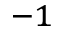
^ { - 1 }